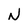
Character: N